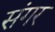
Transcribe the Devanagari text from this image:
संगर